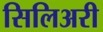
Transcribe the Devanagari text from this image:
सिलिअरी